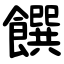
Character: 饌